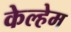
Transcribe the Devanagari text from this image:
केल्हेम